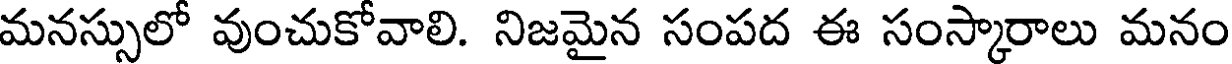
మనస్సులో వుంచుకోవాలి. నిజమైన సంపద ఈ సంస్కారాలు మనం